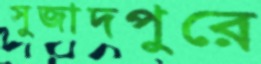
সুজাদপুরে